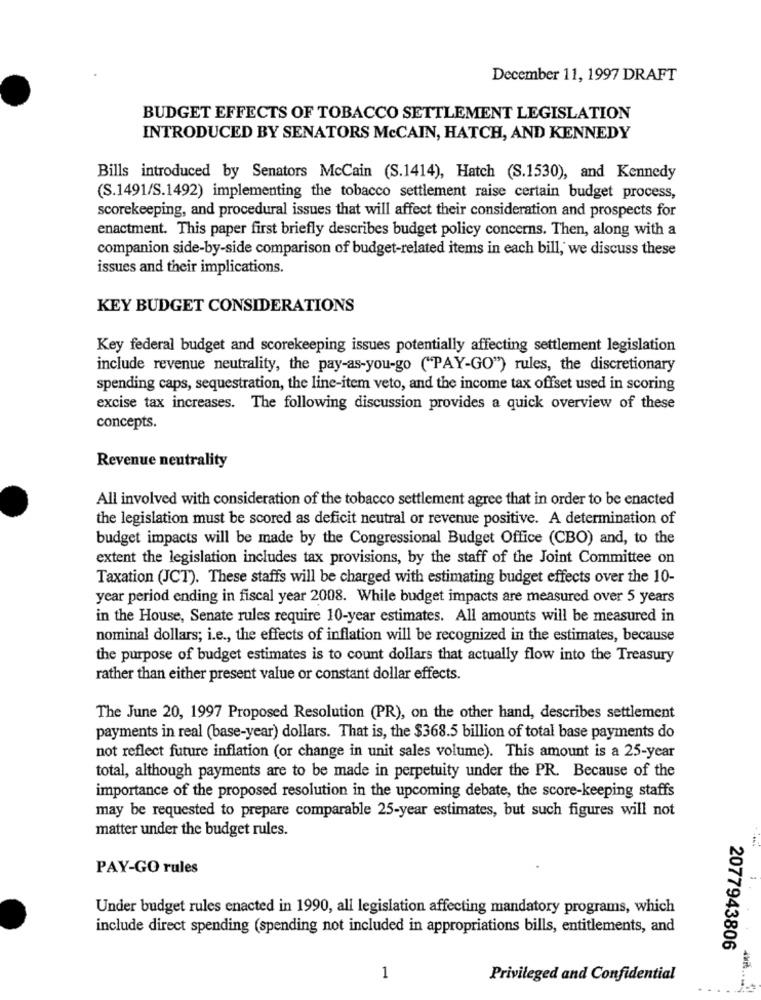
December 11, 1997 DRAFT
BUDGET EFFECTS OF TOBACCO SETTLEMENT LEGISLATION
INTRODUCED BY SENATORS McCAIN, HATCH, AND KENNEDY
Bills introduced by Senators McCain (S.1414), Hatch (S.1530), and Kennedy
(S.1491/S.1492) implementing the tobacco settlement raise certain budget process,
scorekeeping, and procedural issues that will affect their consideration and prospects for
enactment. This paper first briefly describes budget policy concerns. Then, along with a
companion side-by-side comparison of budget-related items in each bill, we discuss these
issues and their implications.
KEY BUDGET CONSIDERATIONS
Key federal budget and scorekeeping issues potentially affecting settlement legislation
include revenue neutrality, the pay-as-you-go ("PAY-GO") rules, the discretionary
spending caps, sequestration, the line-item veto, and the income tax offset used in scoring
excise tax increases. The following discussion provides a quick overview of these
concepts.
Revenue neutrality
All involved with consideration of the tobacco settlement agree that in order to be enacted
the legislation must be scored as deficit neutral or revenue positive. A determination of
budget impacts will be made by the Congressional Budget Office (CBO) and, to the
extent the legislation includes tax provisions, by the staff of the Joint Committee on
Taxation (JCT). These staffs will be charged with estimating budget effects over the 10-
year period ending in fiscal year 2008. While budget impacts are measured over 5 years
in the House, Senate rules require 10-year estimates. All amounts will be measured in
nominal dollars; i.e ., the effects of inflation will be recognized in the estimates, because
the purpose of budget estimates is to count dollars that actually flow into the Treasury
rather than either present value or constant dollar effects.
The June 20, 1997 Proposed Resolution (PR), on the other hand, describes settlement
payments in real (base-year) dollars. That is, the $368.5 billion of total base payments do
not reflect future inflation (or change in unit sales volume). This amount is a 25-year
total, although payments are to be made in perpetuity under the PR. Because of the
importance of the proposed resolution in the upcoming debate, the score-keeping staffs
may be requested to prepare comparable 25-year estimates, but such figures will not
matter under the budget rules.
PAY-GO rules
Under budget rules enacted in 1990, all legislation affecting mandatory programs, which
include direct spending (spending not included in appropriations bills, entitlements, and
2077943806
1
Privileged and Confidential